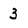
Character: 3